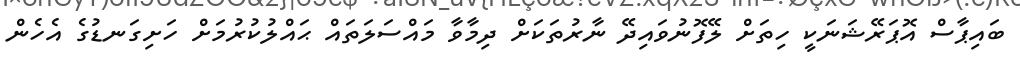
ބައިޕާސް އޮޕަރޭޝަނަކީ ހިތަށް ލޭފޮނުވައިދޭ ނާރުތަކަށް ދިމާވާ މައްސަލަތައް ޙައްލުކުރުމަށް ހަށިގަނޑުގެ އެހެން